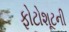
ફોટોશૂટની